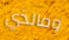
ومالذي